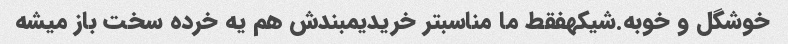
خوشگل و خوبه.شیکهفقط ما مناسبتر خریدیمبندش هم یه خرده سخت باز میشه